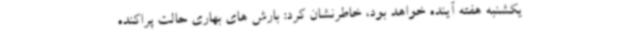
یکشنبه هفته آینده خواهد بود، خاطرنشان کرد: بارش های بهاری حالت پراکنده